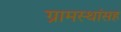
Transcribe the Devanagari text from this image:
ग्रामस्थांसह